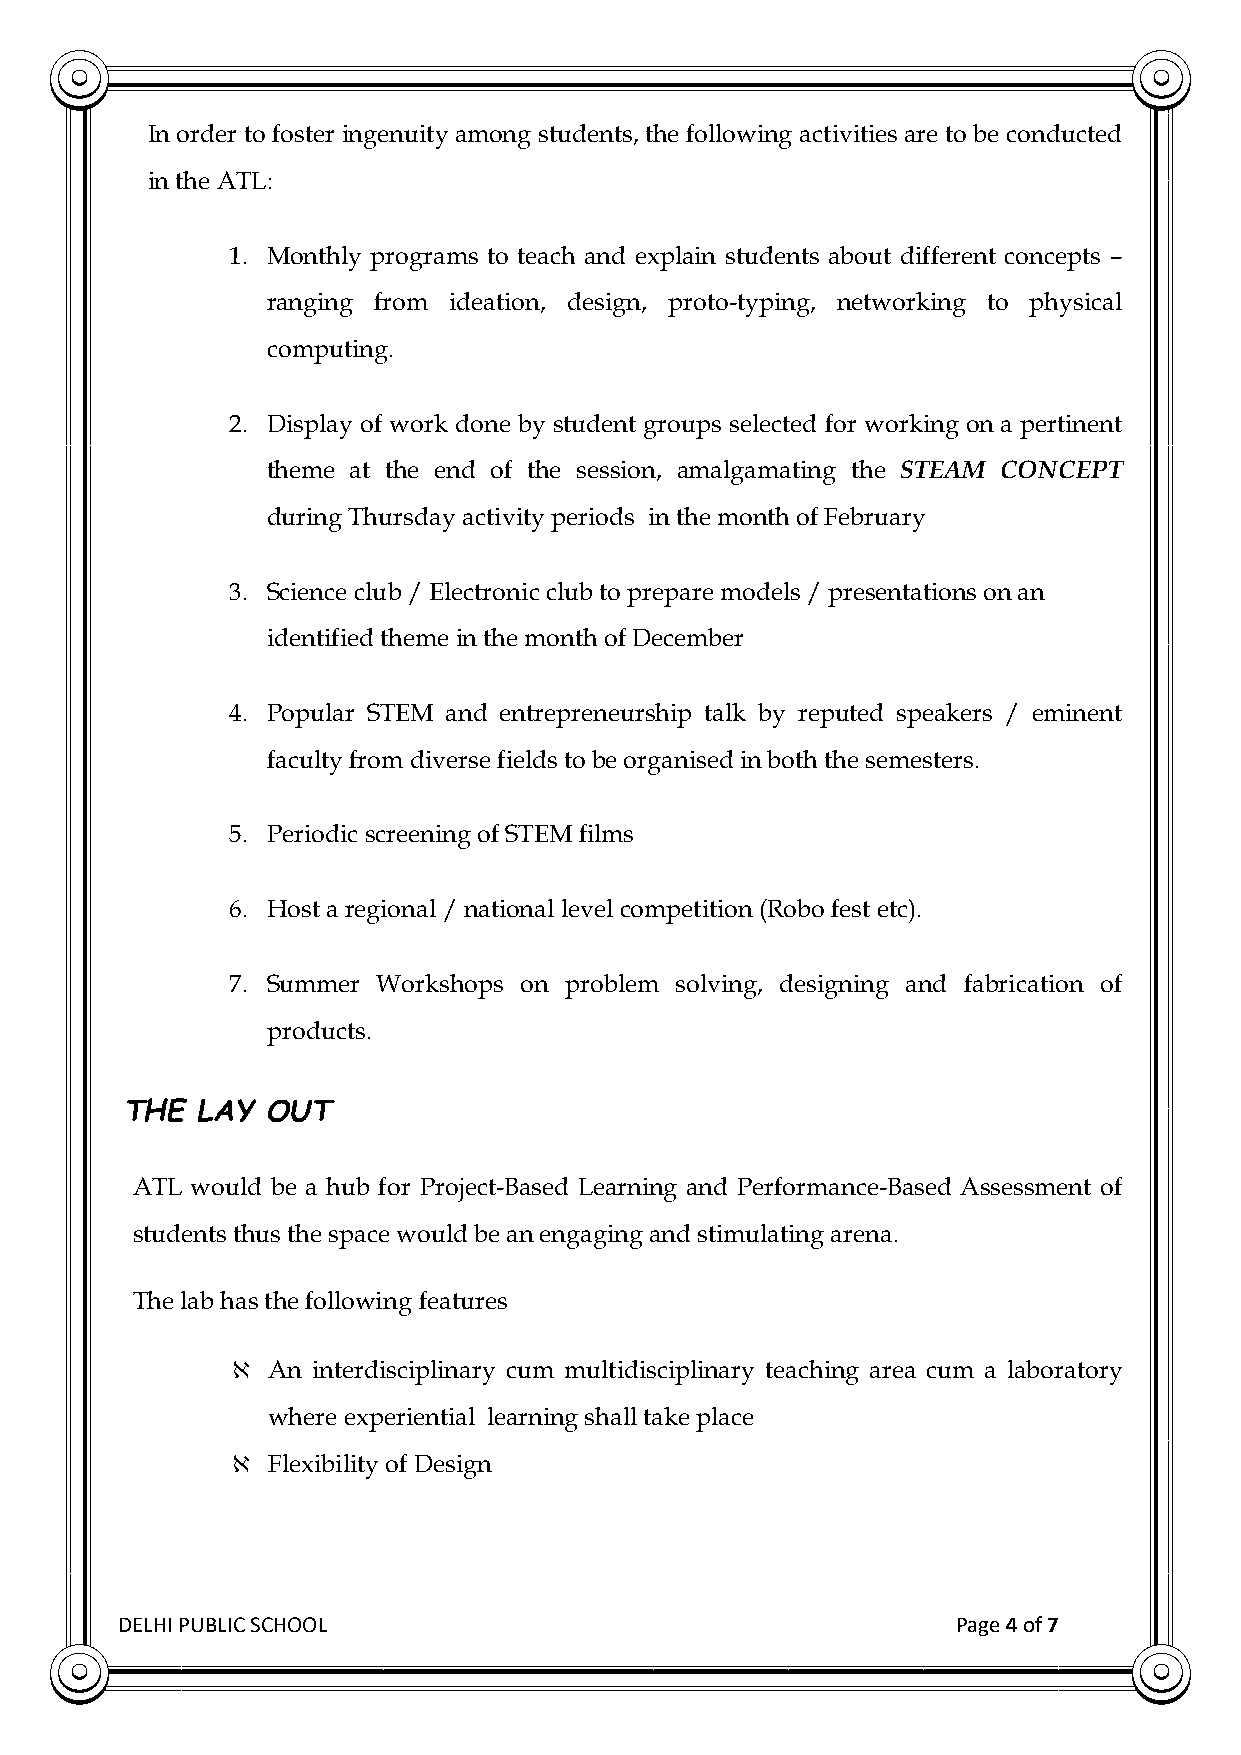
In order to foster ingenuity among students, the following activities are to be conducted
 in the ATL:
 1. Monthly programs to teach and explain students about different concepts –
 ranging from ideation, design, proto-typing, networking to physical
 computing.
 2. Display of work done by student groups selected for working on a pertinent
 theme at the end of the session, amalgamating the STEAM CONCEPT
 during Thursday activity periods in the month of February
 3. Science club / Electronic club to prepare models / presentations on an
 identified theme in the month of December
 4. Popular STEM and entrepreneurship talk by reputed speakers / eminent
 faculty from diverse fields to be organised in both the semesters.
 5. Periodic screening of STEM films
 6. Host a regional / national level competition (Robo fest etc).
 7. Summer Workshops on problem solving, designing and fabrication of
 products.
 THE  LAY  OUT
 ATL would be a hub for Project-Based Learning and Performance-Based Assessment of
 students thus the space would be an engaging and stimulating arena.
 The lab has the following features
 ℵ  An interdisciplinary cum multidisciplinary teaching area cum a laboratory
 where experiential learning shall take place
 ℵ  Flexibility of Design
 DELHI PUBLIC SCHOOL                                    Page 4 of 7